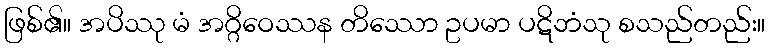
ဖြစ်၏။ အပိဿု မံ အဂ္ဂိဝေဿန တိဿော ဥပမာ ပဋိဘံသု စသည်တည်း။